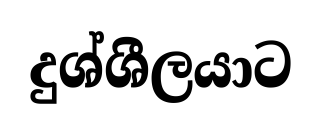
දුශ්ශීලයාට